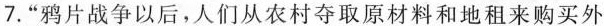
7.“鸦片战争以后，人们从农村夺取原材料和地租来购买外